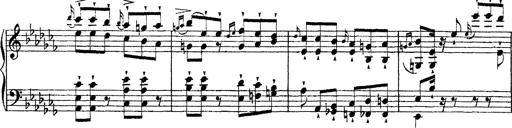
Title: Ã‰tudes d'exÃ©cution transcendante d'aprÃ¨s Paganini
Composer: Franz Liszt